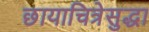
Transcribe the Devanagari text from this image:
छायाचित्रेसुद्धा